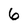
Character: 6